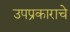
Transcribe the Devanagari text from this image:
उपप्रकाराचे